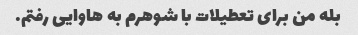
بله من برای تعطیلات با شوهرم به هاوایی رفتم.